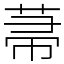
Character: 菷